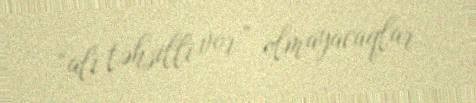
“ali təhsilli vor” olmayacaqlar.